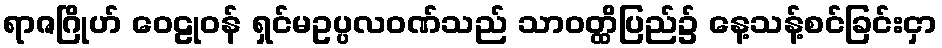
ရာဇဂြိုဟ် ဝေဠုဝန် ရှင်မဥပ္ပလဝဏ်သည် သာဝတ္ထိပြည်၌ နေ့သန့်စင်ခြင်းငှာ